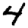
Digit: 4